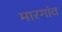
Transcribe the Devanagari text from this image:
मारगांव